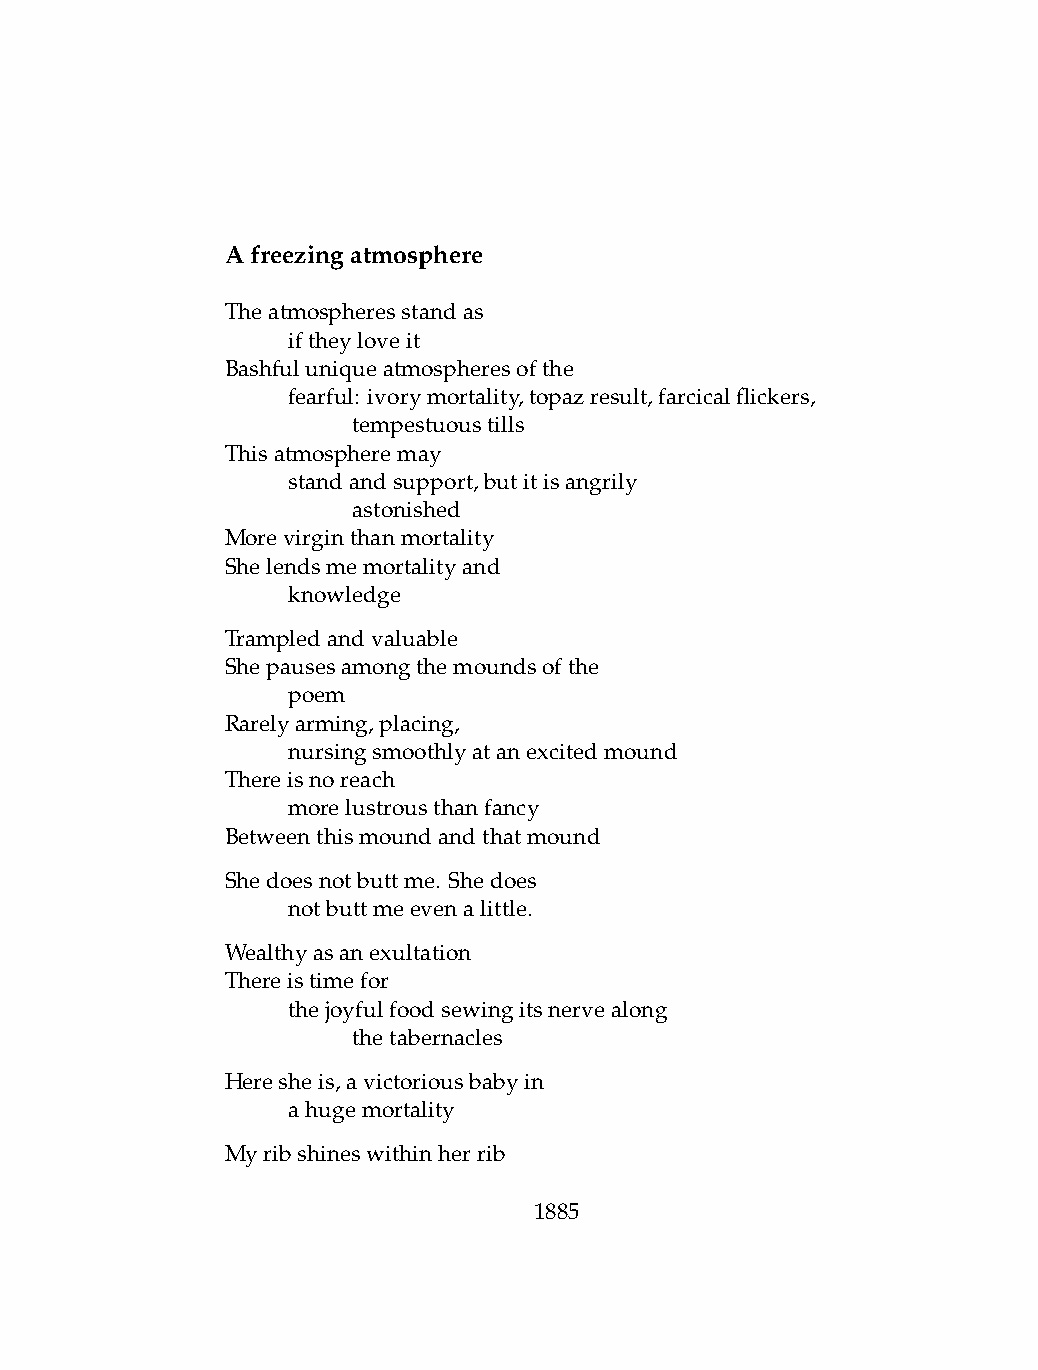
Afreezingatmosphere
 Theatmospheresstandas
 .   iftheyloveit
 Bashfuluniqueatmospheresofthe
 .   fearful: ivorymortality,topazresult,farcicalflickers,
 .   .   tempestuoustills
 Thisatmospheremay
 .   standandsupport,butitisangrily
 .   .   astonished
 Morevirginthanmortality
 Shelendsmemortalityand
 .   knowledge
 Trampledandvaluable
 Shepausesamongthemoundsofthe
 .   poem
 Rarelyarming,placing,
 .   nursingsmoothlyatanexcitedmound
 Thereisnoreach
 .   morelustrousthanfancy
 Betweenthismoundandthatmound
 Shedoesnotbuttme. Shedoes
 .   notbuttmeevenalittle.
 Wealthyasanexultation
 Thereistimefor
 .   thejoyfulfoodsewingitsnervealong
 .   .   thetabernacles
 Heresheis,avictoriousbabyin
 .   ahugemortality
 Myribshineswithinherrib
 1885